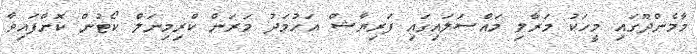
މާމެންދޫގައި މީހަކު މަރާލި މައްސަލައިގައި ފަރިޔާޝް އަހުމަދު މަރަން ކްރިމިނަލް ކޯޓުން ކޮށްފައިވާ